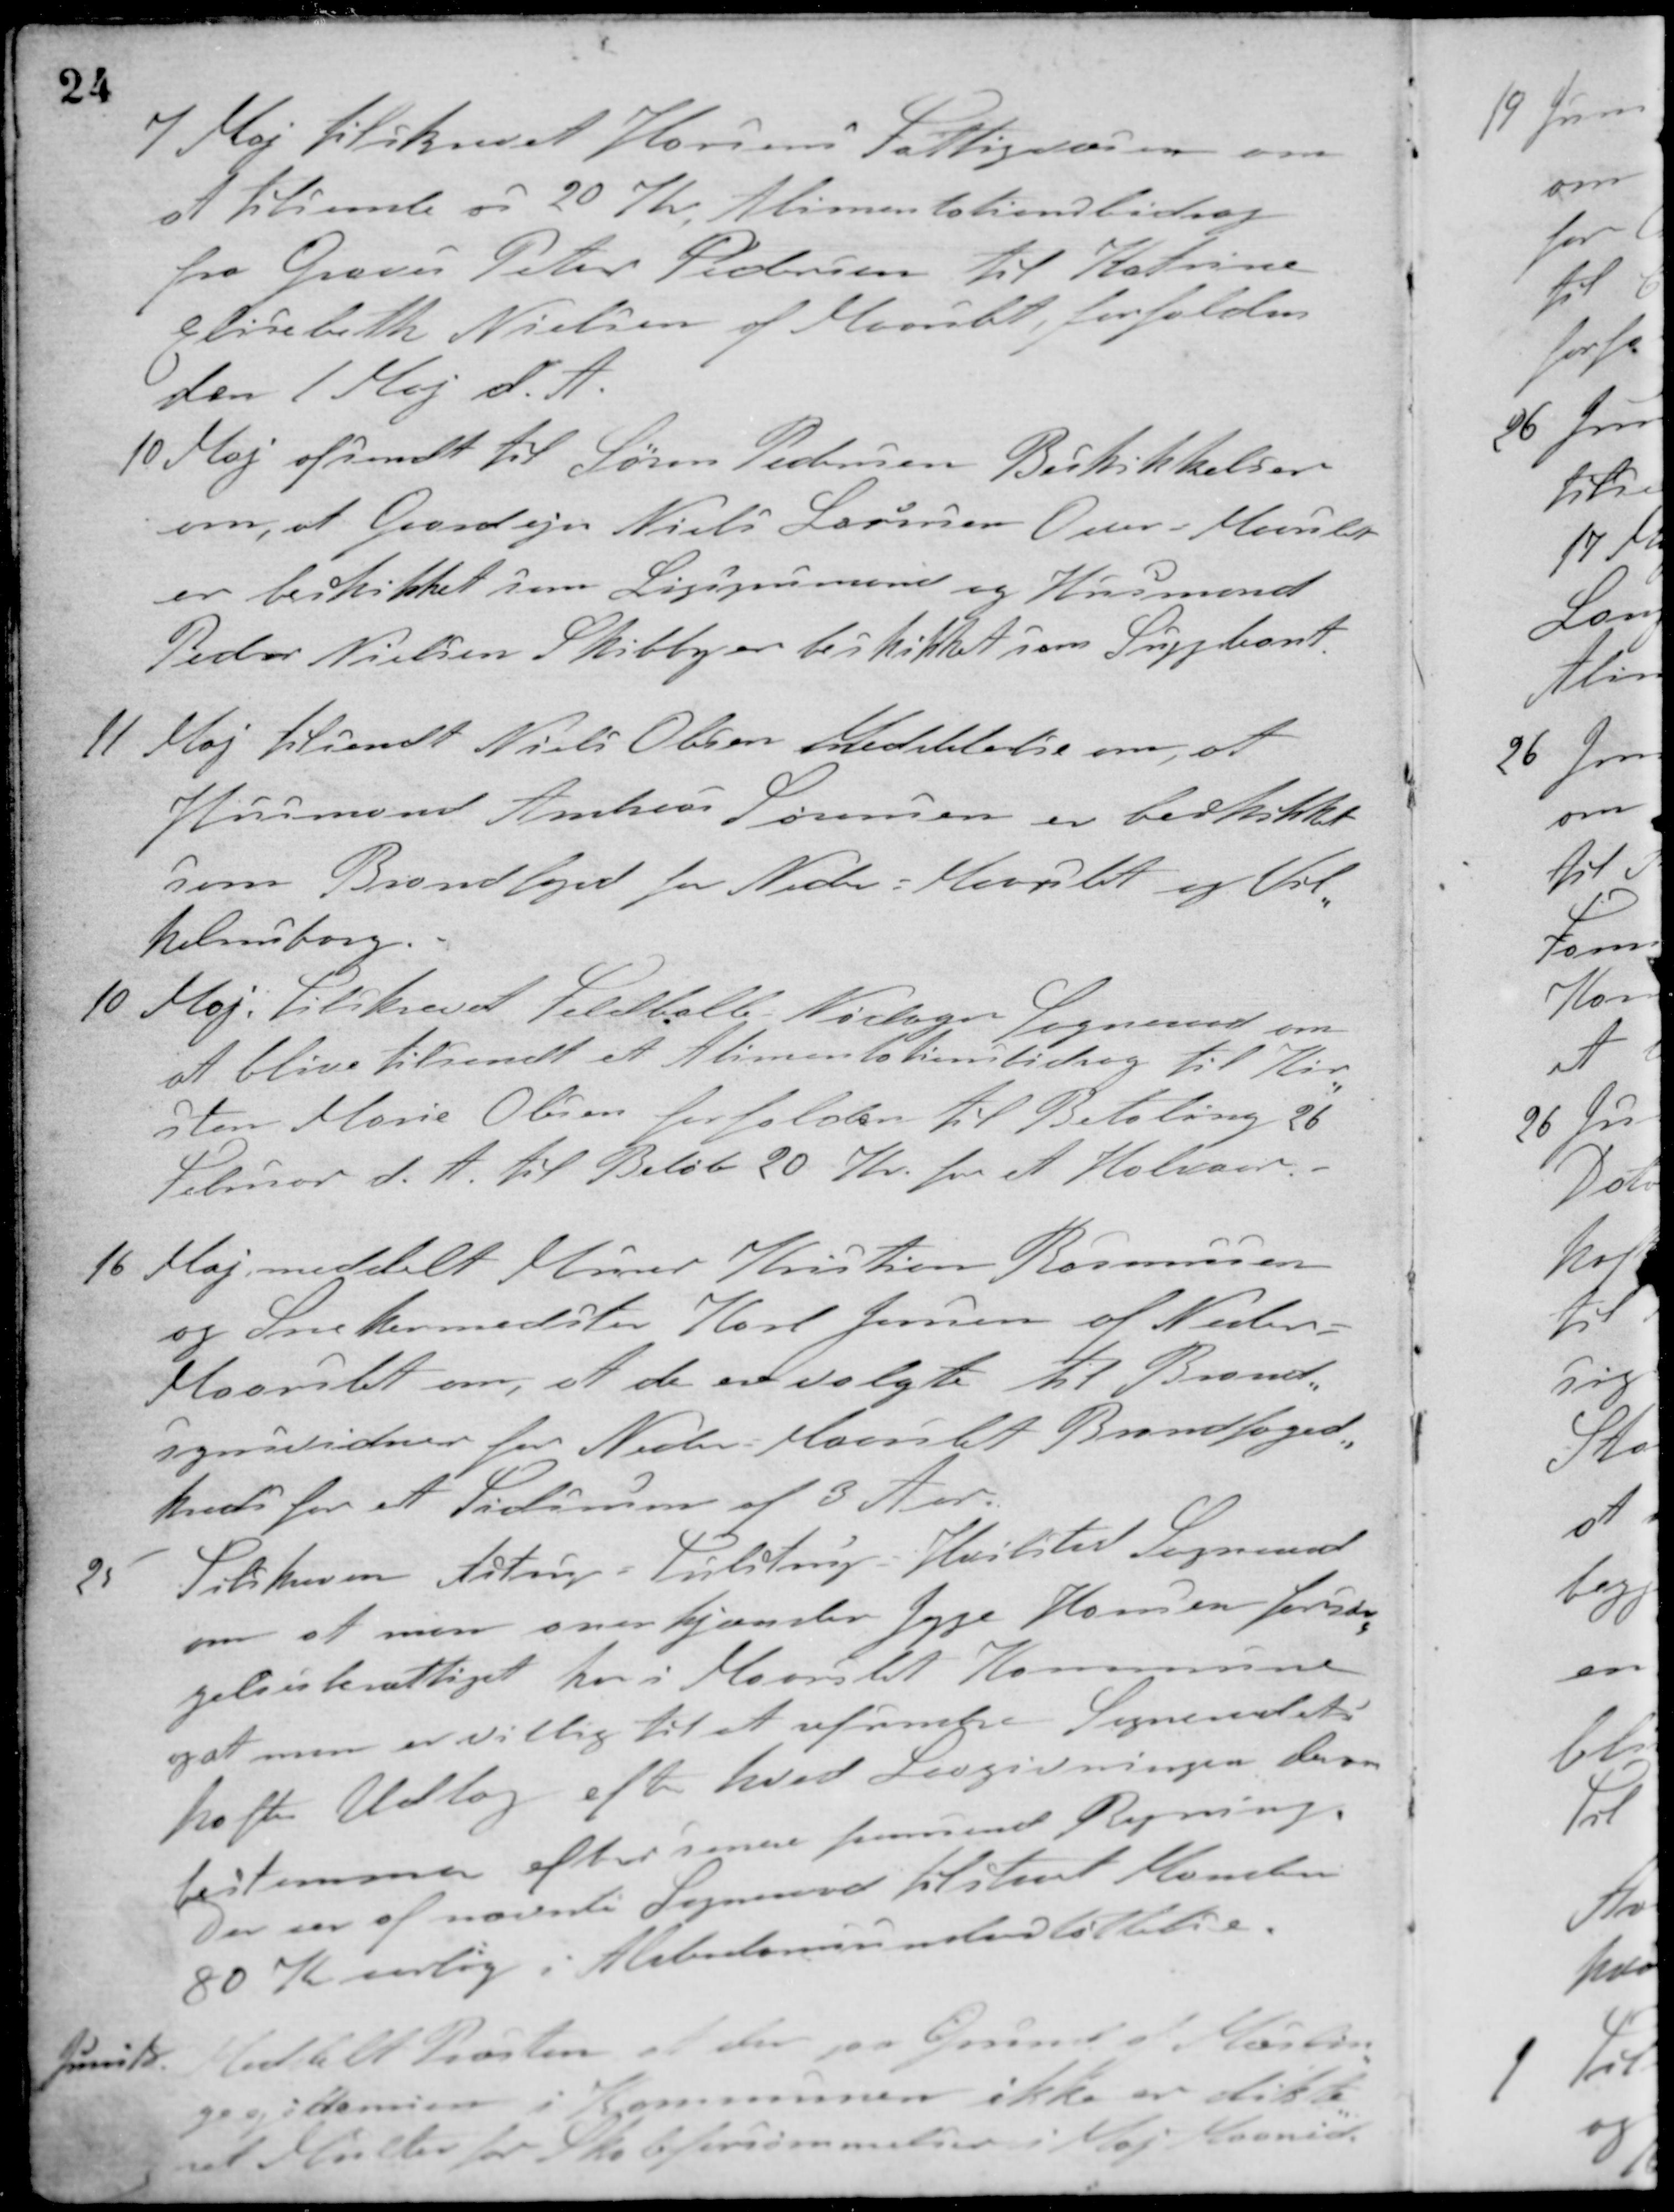
Transskription:
7 Maj tilskrevet Horsens Fattigvæsen om
at tilsende os 20 Kr. Alimentationsbidrag
fra Graver Peter Pedersen til Katrine
Elisabeth Nielsen af Maarslet, forfalden
den 1 Maj d. A.
10 Maj afsendt til Søren Pedersen Biskikkelser
om, at Gaardejer Niels Lauersen Over-Maarslet
er beskikket som Ligsynsmand og Husmand
Peder Nielsen Skibby er beskikket som Suppleant.
11 Maj tilsendt Niels Olesen Medelelse om, at
Husmand Andreas Sørensen er beskikket
som Brandfoged for Neder-Maarslet og Vil-
helmsborg.
10. Maj: Tilskrevet Feldballe-Nødager Sogneraad om
at blive tilsendt et Alimentationsbidrag til Kir-
sten Marie Olesen forfalden til Betaling 26
Februar d. A. til Beløb 20 Kr. for et Halvaar.
16 Maj meddelt Murer Kristian Rasmussen
og Snekermester Karl Jensen af Neder-
Maarslet om, at de ere valgte til Brand-
synsvidner for Neder-Maarslet Brandfoged-
kreds for et Tidsrum af 3 Aar.
25 Tilskreven Astrup-Tulstrup-Hvilsted Sogneraad
om at man anerkjender Jeppe Hansen forsør-
gelsesberettiget her i Maarslet Kommune
og at man er villig til at refundere Sogneraadets
hafte Udlæg efter hvad Lovgivningen derom
bestemmer efter senere fremsendt Regning.
Der var af nævnte Sogneraad tilstaaet Manden
80 Kr. aarlig i Alderdomsunderstøttelse.
Juni 18
Meddelt Præsten at der paa Grund af Mæslin
ge epidemien i Kommunen ikke er dikte-
ret Multer for Skoleforsømmelser i Maj Maaned.